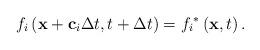
LaTeX: \begin{align*}{f_i}\left( {{\bf{x}} + {{\bf{c}}_i}\Delta t,t + \Delta t} \right) = {f_i}^*\left( {{\bf{x}},t} \right).\end{align*}